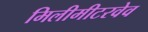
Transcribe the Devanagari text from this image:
मिलीमीटरवेव